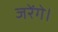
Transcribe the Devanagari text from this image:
जरेंगे।